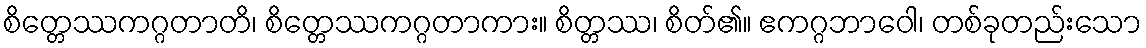
စိတ္တေဿကဂ္ဂတာတိ၊ စိတ္တေဿကဂ္ဂတာကား။ စိတ္တဿ၊ စိတ်၏။ ဧကဂ္ဂဘာဝေါ၊ တစ်ခုတည်းသော